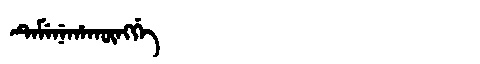
Manchu: ᡨᡝᠮᡝᠨᡝᡥᠠᡴᡡᠩᡤᡝ
Romanization: TEMENEHAKŪNGGE